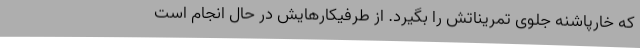
که خارپاشنه جلوی تمریناتش را بگیرد. از طرفیکارهایش در حال انجام است